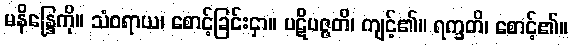
မနိန္ဒြေကို။ သံဝရာယ၊ စောင့်ခြင်းငှာ။ ပဋိပဇ္ဇတိ၊ ကျင့်၏။ ရက္ခတိ၊ စောင့်၏။